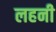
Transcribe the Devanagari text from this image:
लहनी